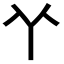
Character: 𠁥